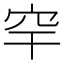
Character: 𥤱